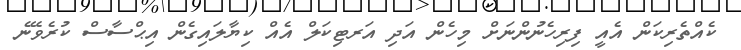
ކެއްތެރިކަން އެއީ ފިރިހެނުންނަށް މިހެން އަދި އަރޓިކަލް އެއް ކިޔާލައިގެން އިޙްސާސް ކުރެވޭނެ